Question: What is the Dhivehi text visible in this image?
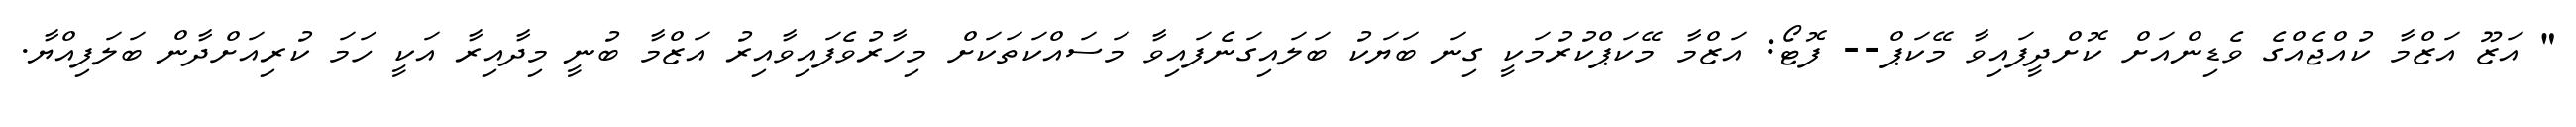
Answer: " އަޒޫ އަޒްމާ ކުއްޖެއްގެ ވެޑިންއަށް ކޮށްދީފައިވާ މޭކަޕް-- ފޮޓޯ: އަޒްމާ މޭކަޕްކުރުމަކީ ގިނަ ބަޔަކު ބަލައިގަނެފައިވާ މަސައްކަތަކަށް މިހާރުވެފައިވާއިރު އަޒްމާ ބުނީ މިދާއިރާ އަކީ ހަމަ ކުރިއަށްދާން ބަލަފިއްޔާ.